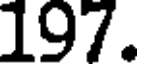
197.